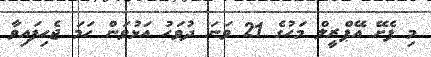
މި ފެށޭ އޭޕްރީލް މަހުގެ 21 ވަނަ ދުވަހު އަޅުވަން ހަމަ ޖެހިފައިވާ